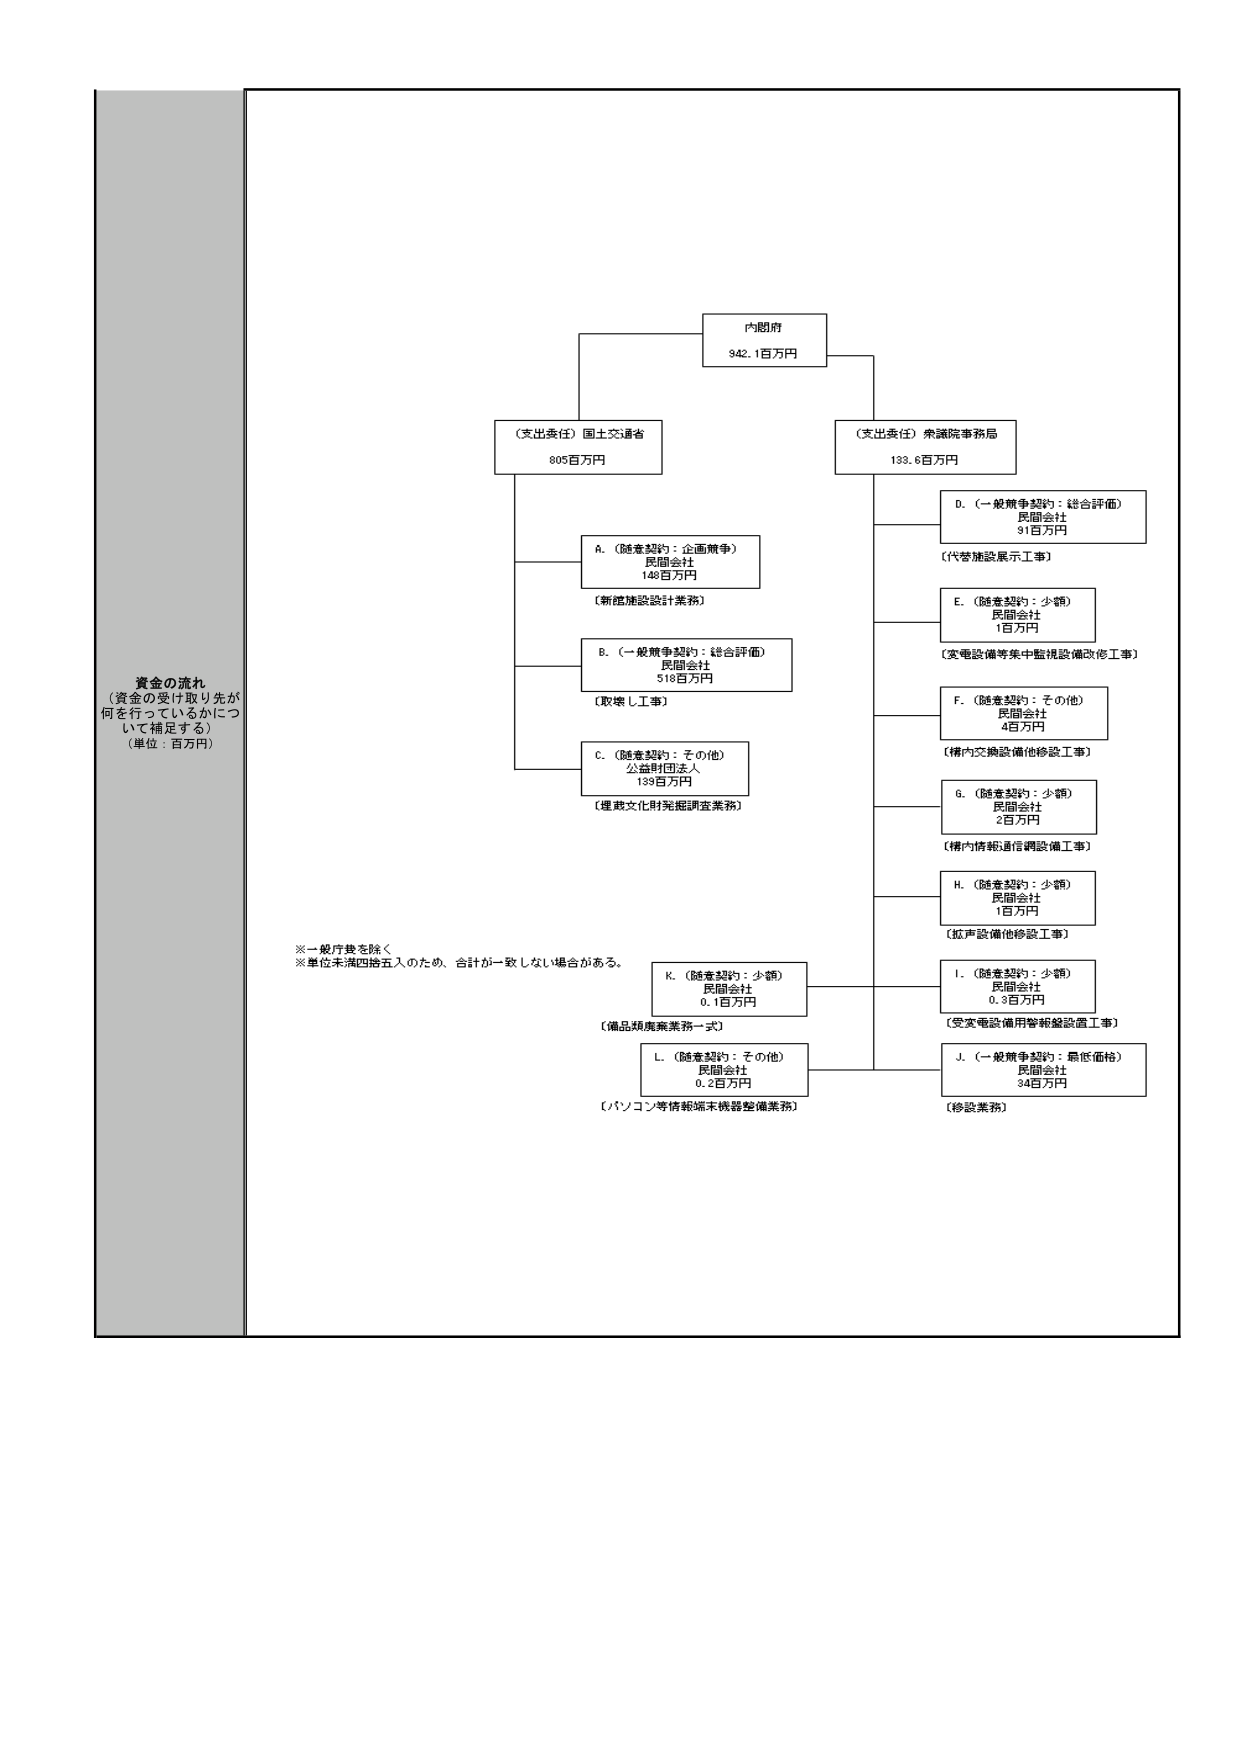
資金の流れ
（資金の受け取り先が
何を行っているかにつ
いて補足する）
（単位：百万円）

内閣府
942.1百万円

（支出責任）国土交通省
805百万円

A.（随意契約：企画競争）
民間会社
148百万円
〔新施設設計業務〕

B.（一般競争契約：総合評価）
民間会社
518百万円
〔取壊し工事〕

C.（随意契約：その他）
公益財団法人
139百万円
〔埋蔵文化財発掘調査業務〕

（支出責任）衆議院事務局
133.6百万円

D.（一般競争契約：総合評価）
民間会社
31百万円
〔代替施設展示工事〕

E.（随意契約：少額）
民間会社
1百万円
〔変電設備等集中監視設備改修工事〕

F.（随意契約：その他）
民間会社
4百万円
〔構内交換設備他修設工事〕

G.（随意契約：少額）
民間会社
2百万円
〔構内情報通信設備工事〕

H.（随意契約：少額）
民間会社
1百万円
〔拡声設備他修設工事〕

K.（随意契約：少額）
民間会社
0.1百万円
〔備品類廃棄業務一式〕

L.（随意契約：その他）
民間会社
0.2百万円
〔パソコン等情報端末機器整備業務〕

I.（随意契約：少額）
民間会社
0.3百万円
〔受変電設備用警報盤設置工事〕

J.（一般競争契約：最低価格）
民間会社
34百万円
〔修繕業務〕

※一般庁費を除く
※単位未満四捨五入のため、合計が一致しない場合がある。